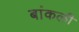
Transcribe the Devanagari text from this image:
बांकली